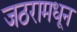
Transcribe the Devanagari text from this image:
जठरामधून